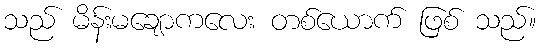
သည် မိန်းမချောကလေး တစ်ယောက် ဖြစ် သည်။